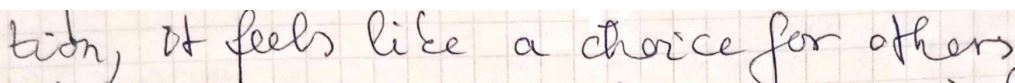
tion, it feels like a choice for others.